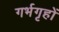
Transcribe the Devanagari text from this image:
गर्भगृहों